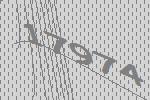
17974